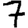
Digit: 7